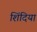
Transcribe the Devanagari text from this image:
शिंदिया